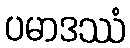
ပမာဒဿံ